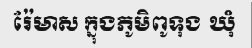
រ៉ែមាស ក្នុងភូមិពូទុង ឃុំ